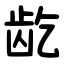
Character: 龁